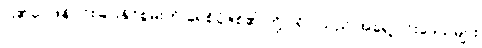
ငါ၏ဝေဖန်ပိုင်းခြားနိုင်စွမ်းကို ရေစိုခံဇစ်၏ တို့ပါရှိပါသည် အရှေ့ပိုင်းဒေသများ